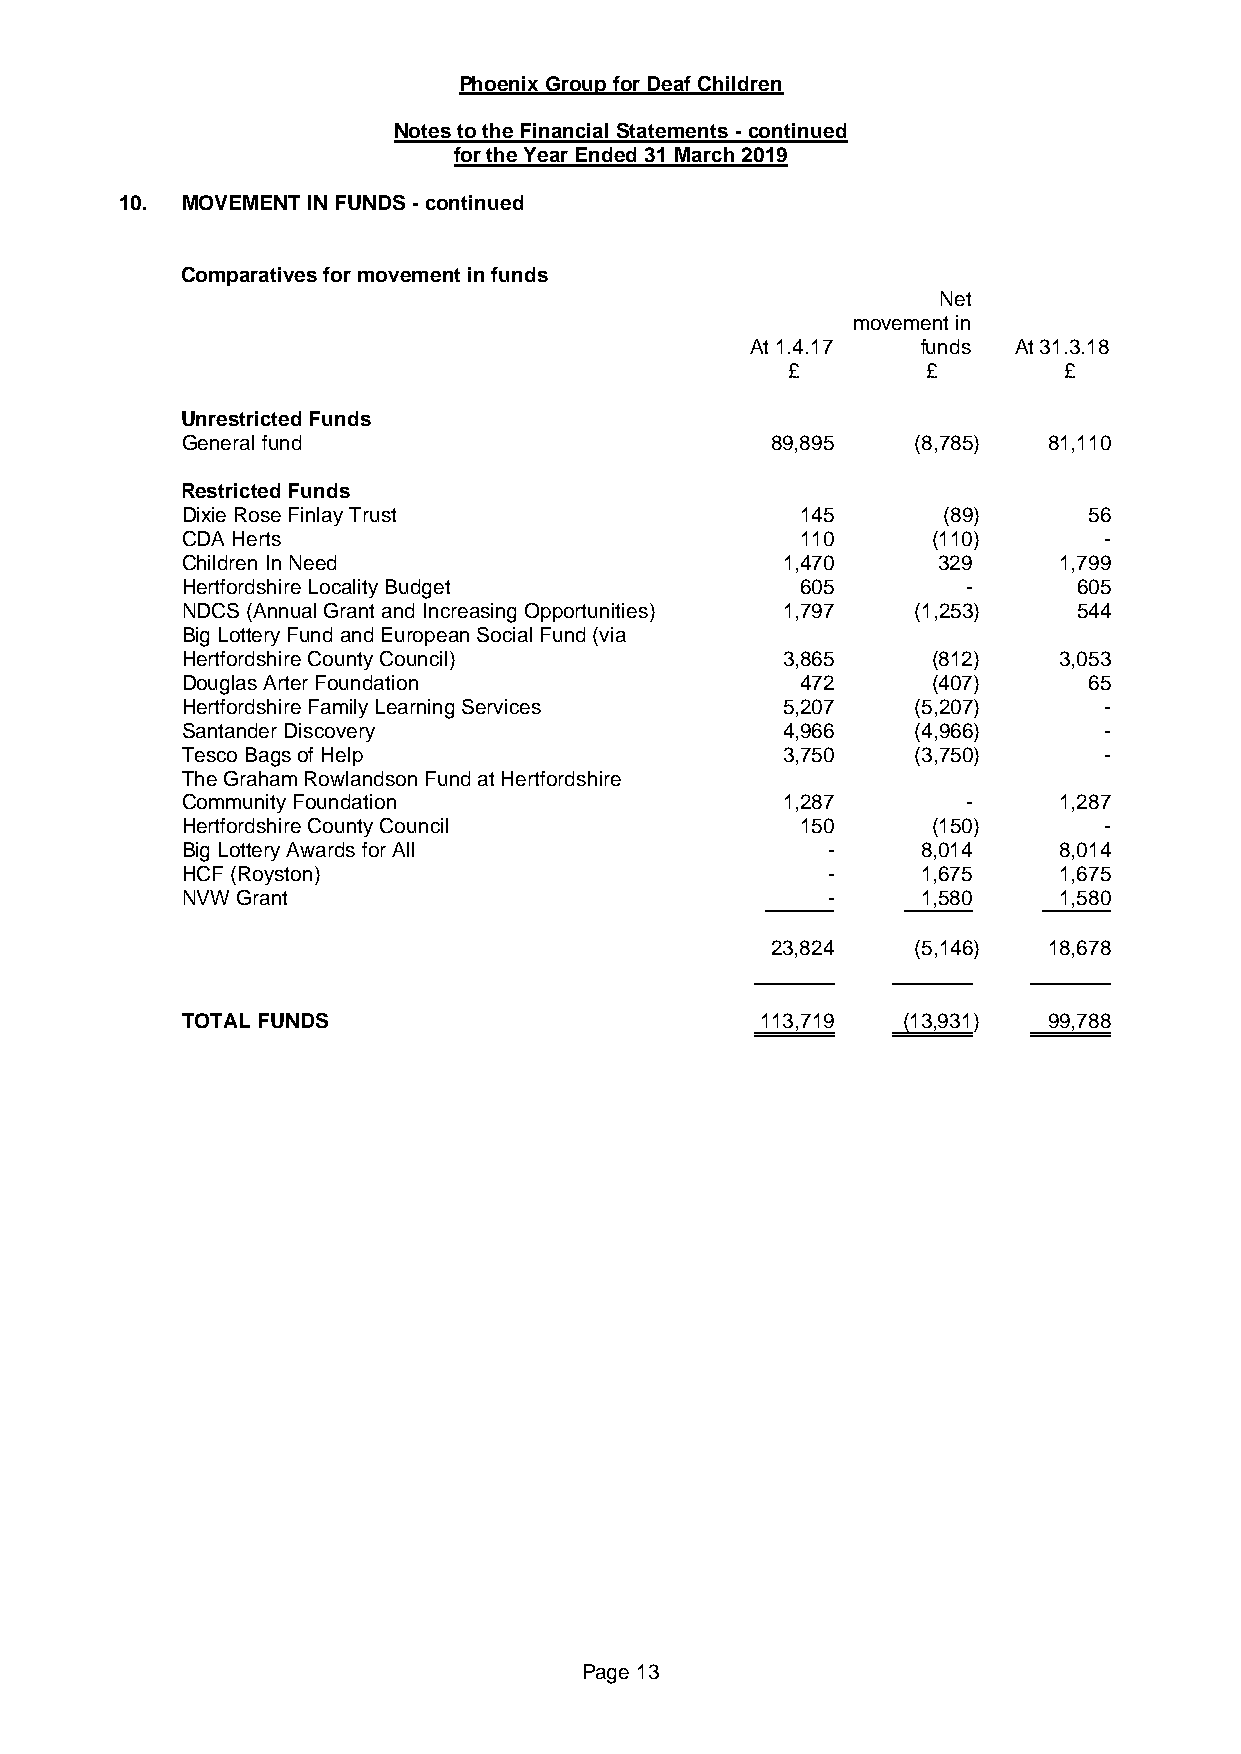
Phoenix Group for Deaf Children
 Notes to the Financial Statements - continued
 for the Year Ended 31 March 2019
 10. MOVEMENT IN FUNDS - continued
 Comparatives for movement in funds
 Net
 movement in
 At 1.4.17  funds At 31.3.18
 £        £        £
 Unrestricted Funds
 General fund                           89,895   (8,785)  81,110
 Restricted Funds
 Dixie Rose Finlay Trust                  145      (89)      56
 CDA Herts                                110      (110)      -
 Children In Need                        1,470     329     1,799
 Hertfordshire Locality Budget            605        -      605
 NDCS (Annual Grant and Increasing Opportunities) 1,797 (1,253) 544
 Big Lottery Fund and European Social Fund (via
 Hertfordshire County Council)           3,865     (812)   3,053
 Douglas Arter Foundation                 472      (407)     65
 Hertfordshire Family Learning Services  5,207   (5,207)      -
 Santander Discovery                     4,966   (4,966)      -
 Tesco Bags of Help                      3,750   (3,750)      -
 The Graham Rowlandson Fund at Hertfordshire
 Community Foundation                    1,287       -     1,287
 Hertfordshire County Council             150      (150)      -
 Big Lottery Awards for All                 -     8,014    8,014
 HCF (Royston)                              -     1,675    1,675
 NVW Grant                                  -     1,580    1,580
 23,824   (5,146)  18,678
 TOTAL FUNDS                           113,719   (13,931) 99,788
 Page 13